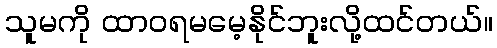
သူမကို ထာဝရမမေ့နိုင်ဘူးလို့ထင်တယ်။